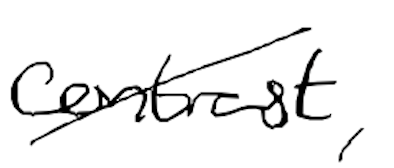
Text: contrast,
Cross-out: diagonal
Writing tool: digital_black